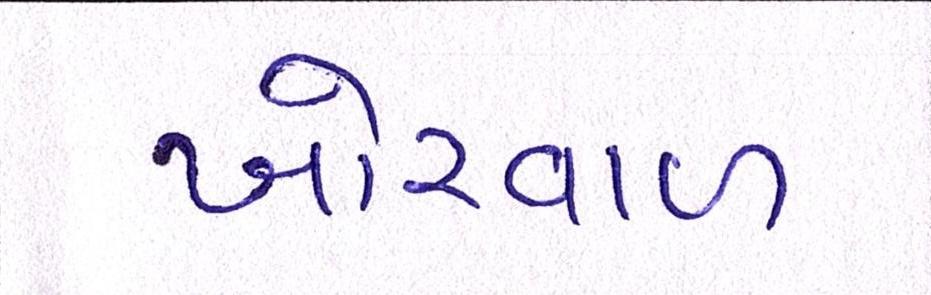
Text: ખોરવાળ